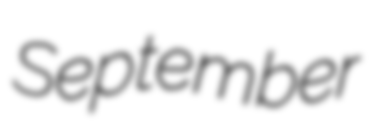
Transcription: September